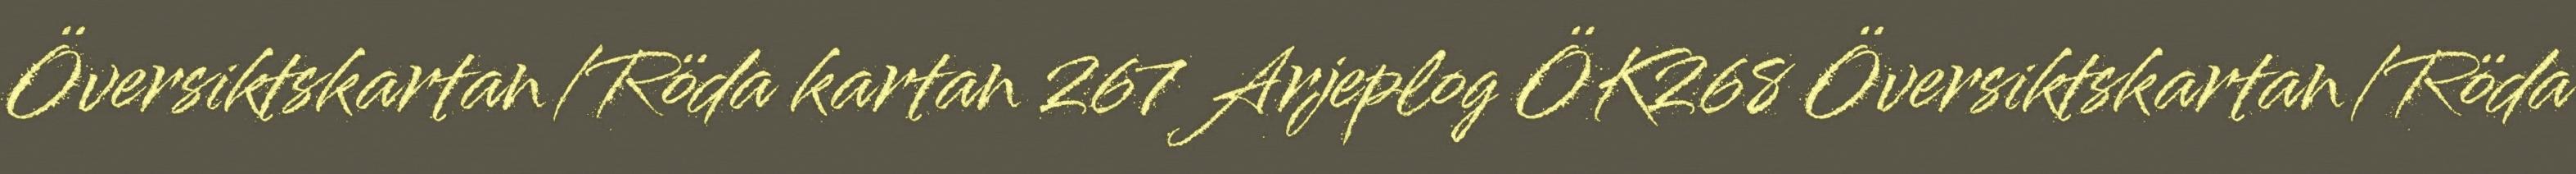
Översiktskartan/Röda kartan 267 Arjeplog ÖK268 Översiktskartan/Röda